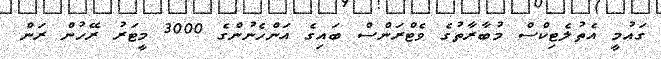
ގައުމީ އެތުލެޓިކްސް މުބާރާތުގެ ވެޓްރަންސް ބައިގެ އަންހެނުންގެ 3000 މީޓަރު ރޭހުން ރަން